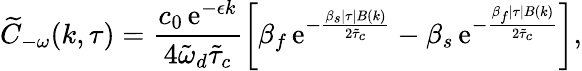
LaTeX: \widetilde{C}_{-\omega}(k,\tau)=\frac{c_{0}\, \mathrm{e}^{-\epsilon k}}{4\tilde{\omega}_{d}\tilde{\tau}_{c}}\left[\beta_{f}\, \mathrm{e}^{-\frac{\beta_{s}\lvert\tau\rvert B(k)}{2\tilde{\tau}_{c}}}-\beta_{s}\, \mathrm{e}^{-\frac{\beta_{f}\lvert\tau\rvert B(k)}{2\tilde{\tau}_{c}}}\right],